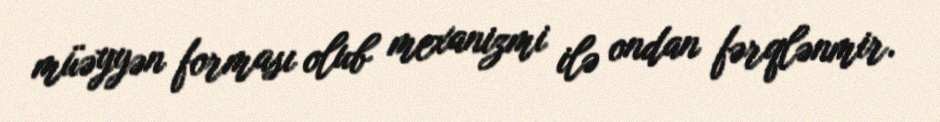
müəyyən forması olub mexanizmi ilə ondan fərqlənmir.